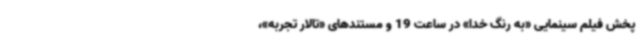
پخش فیلم سینمایی «به رنگ خدا» در ساعت 19 و مستندهای «تالار تجربه»،